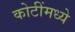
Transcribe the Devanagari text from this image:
कोटींमध्ये